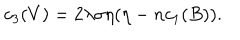
c _ { 3 } ( V ) = 2 \lambda \sigma \eta ( \eta - n c _ { 1 } ( B ) ) .